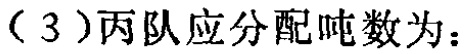
（3）丙队应分配吨数为：